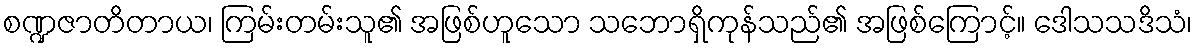
စဏ္ဍဇာတိတာယ၊ ကြမ်းတမ်းသူ၏ အဖြစ်ဟူသော သဘောရှိကုန်သည်၏ အဖြစ်ကြောင့်။ ဒေါသသဒိသံ၊